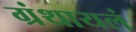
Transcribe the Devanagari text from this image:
ग्रंथायलं